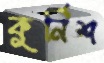
কুর্নিশ